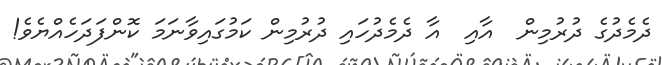
ދެމެދުގެ ދުރުމިން  އާއި  އާ ދެމެދުހައި ދުރުމިން ކަމުގައިވާނަމަ ކޮންފަދަހެއްޔެވެ!